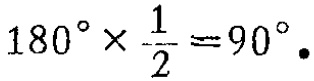
\(180^{\circ} \times \frac{1}{2} = 90^{\circ}.\)